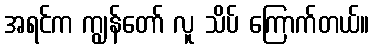
အရင်က ကျွန်တော် လူ သိပ် ကြောက်တယ်။